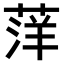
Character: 𫈭